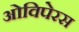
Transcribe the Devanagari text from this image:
ओविपेरस